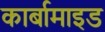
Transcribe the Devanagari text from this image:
कार्बामाइड